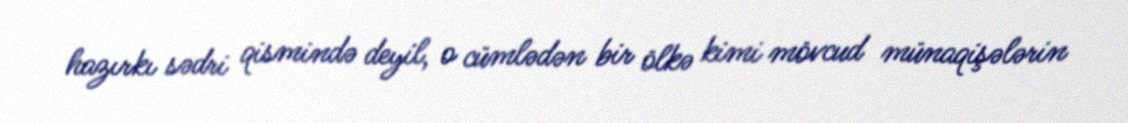
hazırkı sədri qismində deyil, o cümlədən bir ölkə kimi mövcud münaqişələrin